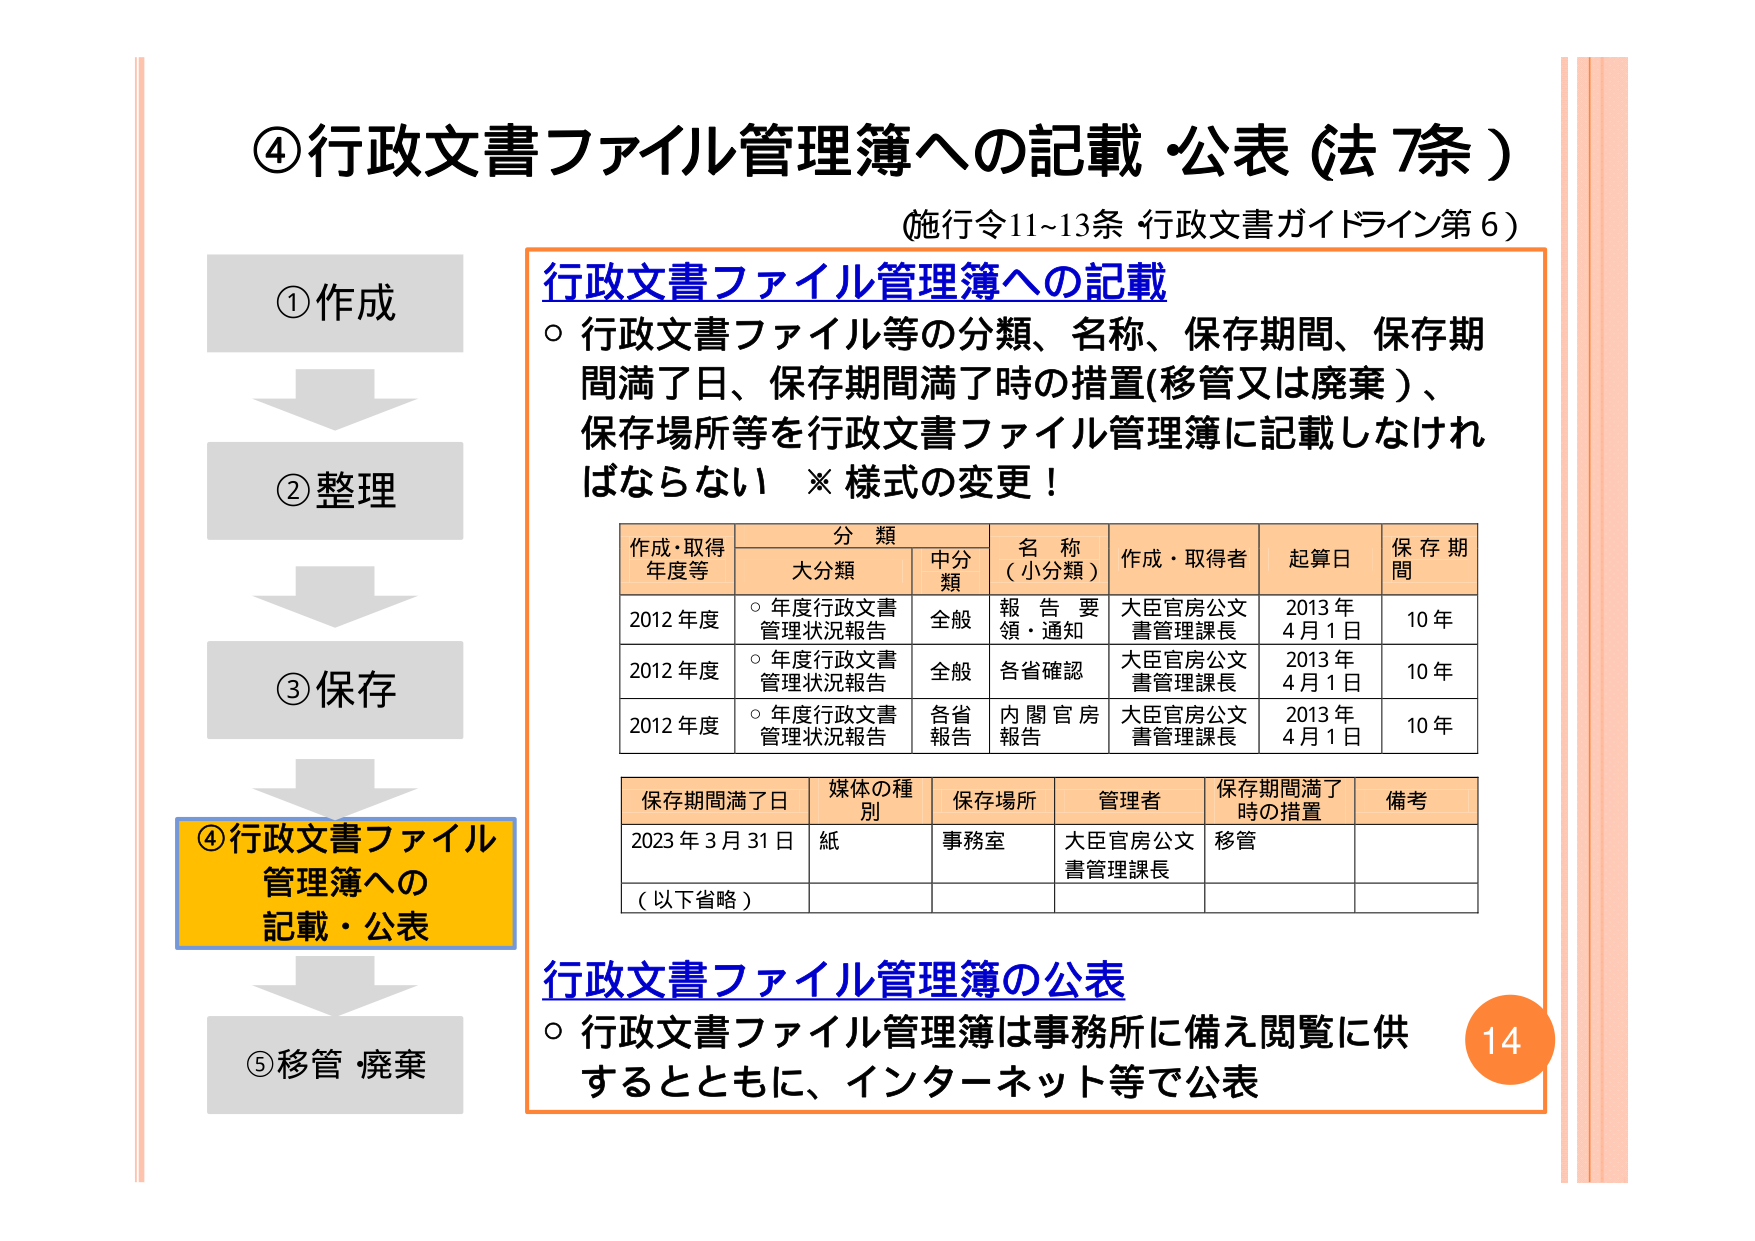
④行政文書ファイル管理簿への記載・公表（法7条）
（施行令11~13条 行政文書ガイドライン第6）

①作成
②整理
③保存
④行政文書ファイル管理簿への記載・公表
⑤移管・廃棄

行政文書ファイル管理簿への記載
○ 行政文書ファイル等の分類、名称、保存期間、保存期間満了日、保存期間満了時の措置（移管又は廃棄）、保存場所等を行政文書ファイル管理簿に記載しなければならない ※様式の変更！

作成・取得年度等　分類　名称（小分類）　作成・取得者　起算日　保存期間
　　　　　　　　　大分類　中分類
2012年度　○年度行政文書管理状況報告　全般　報告要領・通知　大臣官房公文書管理課長　2013年4月1日　10年
2012年度　○年度行政文書管理状況報告　全般　各省確認　大臣官房公文書管理課長　2013年4月1日　10年
2012年度　○年度行政文書管理状況報告　各省報告　内閣官房報告　大臣官房公文書管理課長　2013年4月1日　10年

保存期間満了日　媒体の種別　保存場所　管理者　保存期間満了時の措置　備考
2023年3月31日　紙　事務室　大臣官房公文書管理課長　移管
（以下省略）

行政文書ファイル管理簿の公表
○ 行政文書ファイル管理簿は事務所に備え閲覧に供するとともに、インターネット等で公表

14